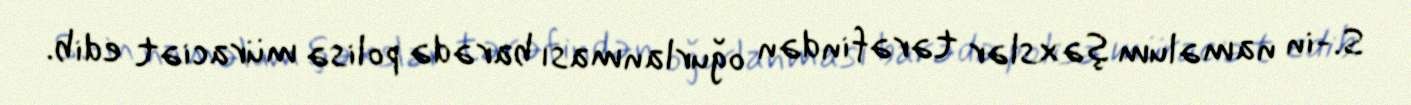
S.-in naməlum şəxslər tərəfindən oğurlanması barədə polisə müraciət edib.